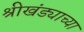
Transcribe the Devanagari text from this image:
श्रीखंड्याच्या